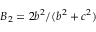
B _ { 2 } = { 2 b ^ { 2 } } / ( b ^ { 2 } + c ^ { 2 } )